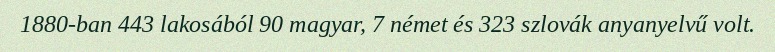
1880-ban 443 lakosából 90 magyar, 7 német és 323 szlovák anyanyelvű volt.